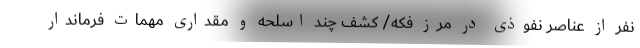
نفر از عناصر نفوذی در مرز فکه/ کشف چند اسلحه و مقداری مهمات فرماندار